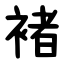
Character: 褚